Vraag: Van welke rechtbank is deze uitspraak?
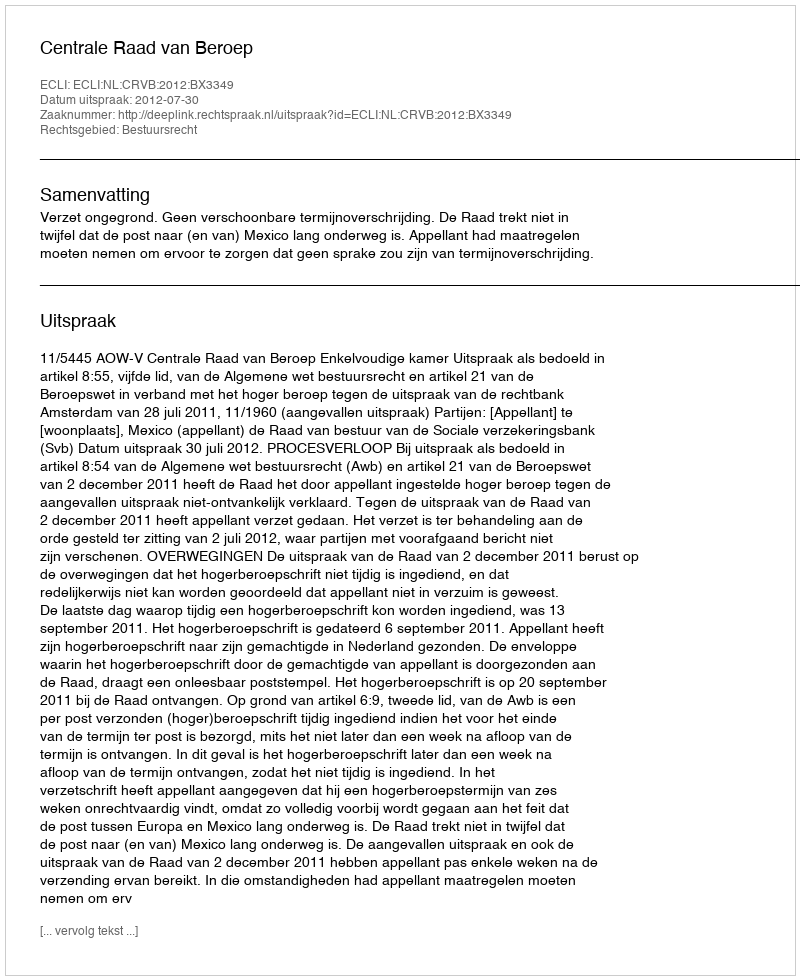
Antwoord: Centrale Raad van Beroep